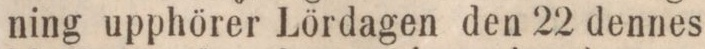
ning upphörer Lördagen den 22 dennes